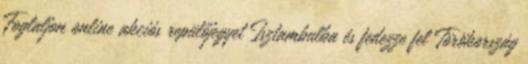
Foglaljon online akciós repülőjegyet Isztambulba és fedezze fel Törökország